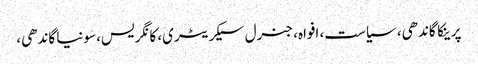
پرینکا گاندھی، سیاست، افواہ، جنرل سیکریٹری، کانگریس، سونیا گاندھی،